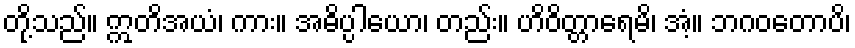
တို့သည်။ ဣတိအယံ၊ ကား။ အဓိပ္ပါယော၊ တည်း။ ဟိဝိတ္တာရေမိ၊ အံ့။ ဘဂဝတောပိ၊